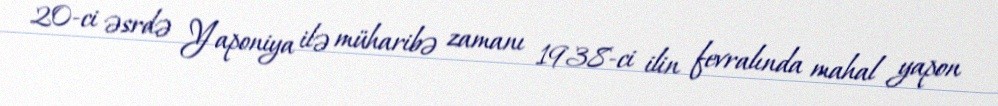
20-ci əsrdə Yaponiya ilə müharibə zamanı 1938-ci ilin fevralında mahal yapon